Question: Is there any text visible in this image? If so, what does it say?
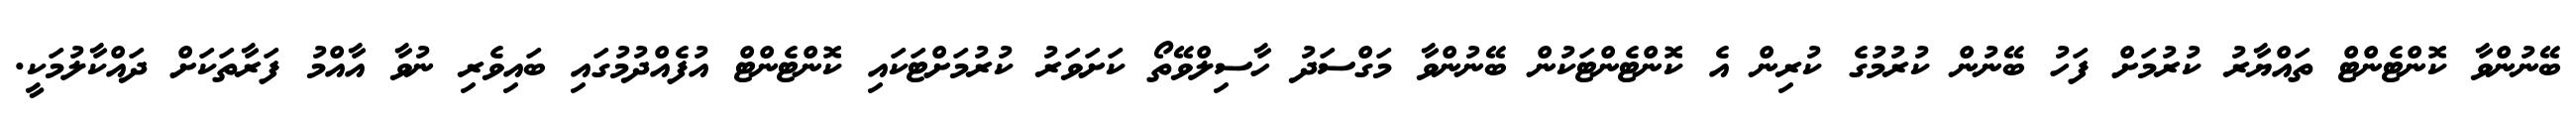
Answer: ބޭނުންވާ ކޮންޓެންޓް ތައްޔާރު ކުރުމަށް ފަހު ބޭނުން ކުރުމުގެ ކުރިން އެ ކޮންޓެންޓަކުން ބޭނުންވާ މަގްސަދު ހާސިލްވޭތޯ ކަށަވަރު ކުރުމަށްޓަކައި ކޮންޓެންޓް އުފެއްދުމުގައި ބައިވެރި ނުވާ އާއްމު ފަރާތަކަށް ދައްކާލުމަކީ.